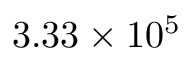
3 . 3 3 \times 1 0 ^ { 5 }